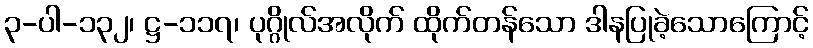
၃-ပါ-၁၃၂၊ ဋ္ဌ-၁၁၇၊ ပုဂ္ဂိုလ်အလိုက် ထိုက်တန်သော ဒါနပြုခဲ့သောကြောင့်